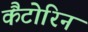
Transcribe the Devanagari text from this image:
कैंटोरिन